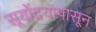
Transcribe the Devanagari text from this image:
सूयोंदयापासून